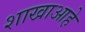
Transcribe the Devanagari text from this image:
शाखाआहे